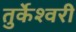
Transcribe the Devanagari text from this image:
तुर्केश्वरी